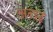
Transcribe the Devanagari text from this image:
अन्छ